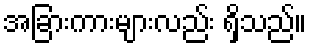
အခြားကားများလည်း ရှိသည်။